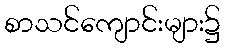
စာသင်ကျောင်းများ၌